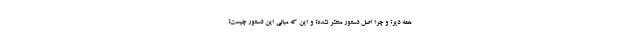
همه دیر؟ و چرا اصل دستور منتشر نشده؟ و این که مبانی این دستور چیست؟